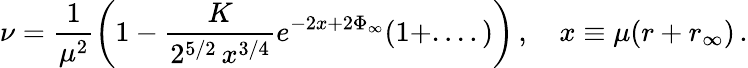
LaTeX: \nu=\frac{1}{\mu^{2}}\left(1-\frac{K}{2^{5/2}\, x^{3/4}}e^{-2x+2\Phi_{\infty}}(1+....)\right)\, ,\quad x\equiv\mu(r+r_{\infty})\, .